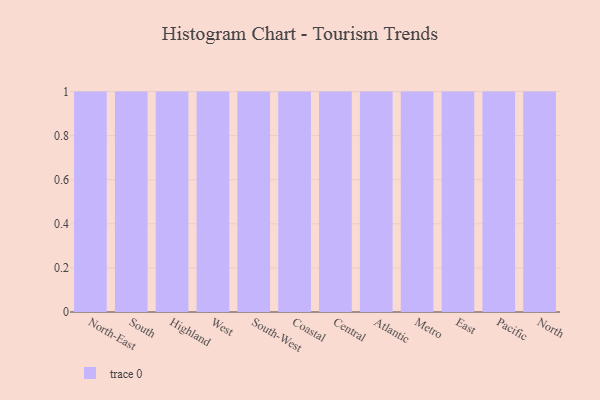
{"axis": {"x": "Region", "y": "LTV (USD)"}, "legend": [""], "data": [{"x": "North-East", "y": 51, "type": ""}, {"x": "South", "y": 71, "type": ""}, {"x": "Highland", "y": 70, "type": ""}, {"x": "West", "y": 84, "type": ""}, {"x": "South-West", "y": 44, "type": ""}, {"x": "Coastal", "y": 42, "type": ""}, {"x": "Central", "y": 96, "type": ""}, {"x": "Atlantic", "y": 2, "type": ""}, {"x": "Metro", "y": 91, "type": ""}, {"x": "East", "y": 14, "type": ""}, {"x": "Pacific", "y": 20, "type": ""}, {"x": "North", "y": 49, "type": ""}]}